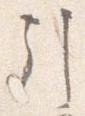
引